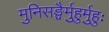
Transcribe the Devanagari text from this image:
मुनिसङ्घैर्मुहुर्मुहुः